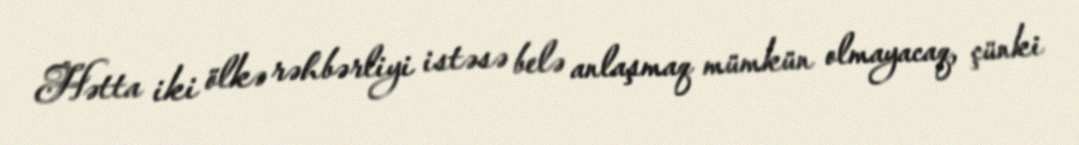
Hətta iki ölkə rəhbərliyi istəsə belə anlaşmaq mümkün olmayacaq, çünki